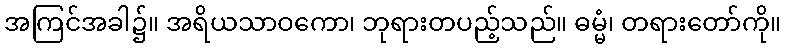
အကြင်အခါ၌။ အရိယသာဝကော၊ ဘုရားတပည့်သည်။ ဓမ္မံ၊ တရားတော်ကို။